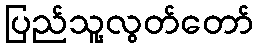
ပြည်သူ့လွတ်တော်